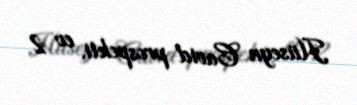
Hüseyn Cavid prospekti, ev 2